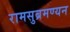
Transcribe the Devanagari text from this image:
रामसुब्रमण्यन